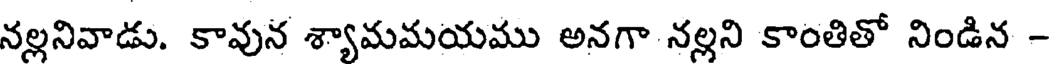
నల్లనివాడు. కావున శ్యామమయము అనగా నల్లని కాంతితో నిండిన -